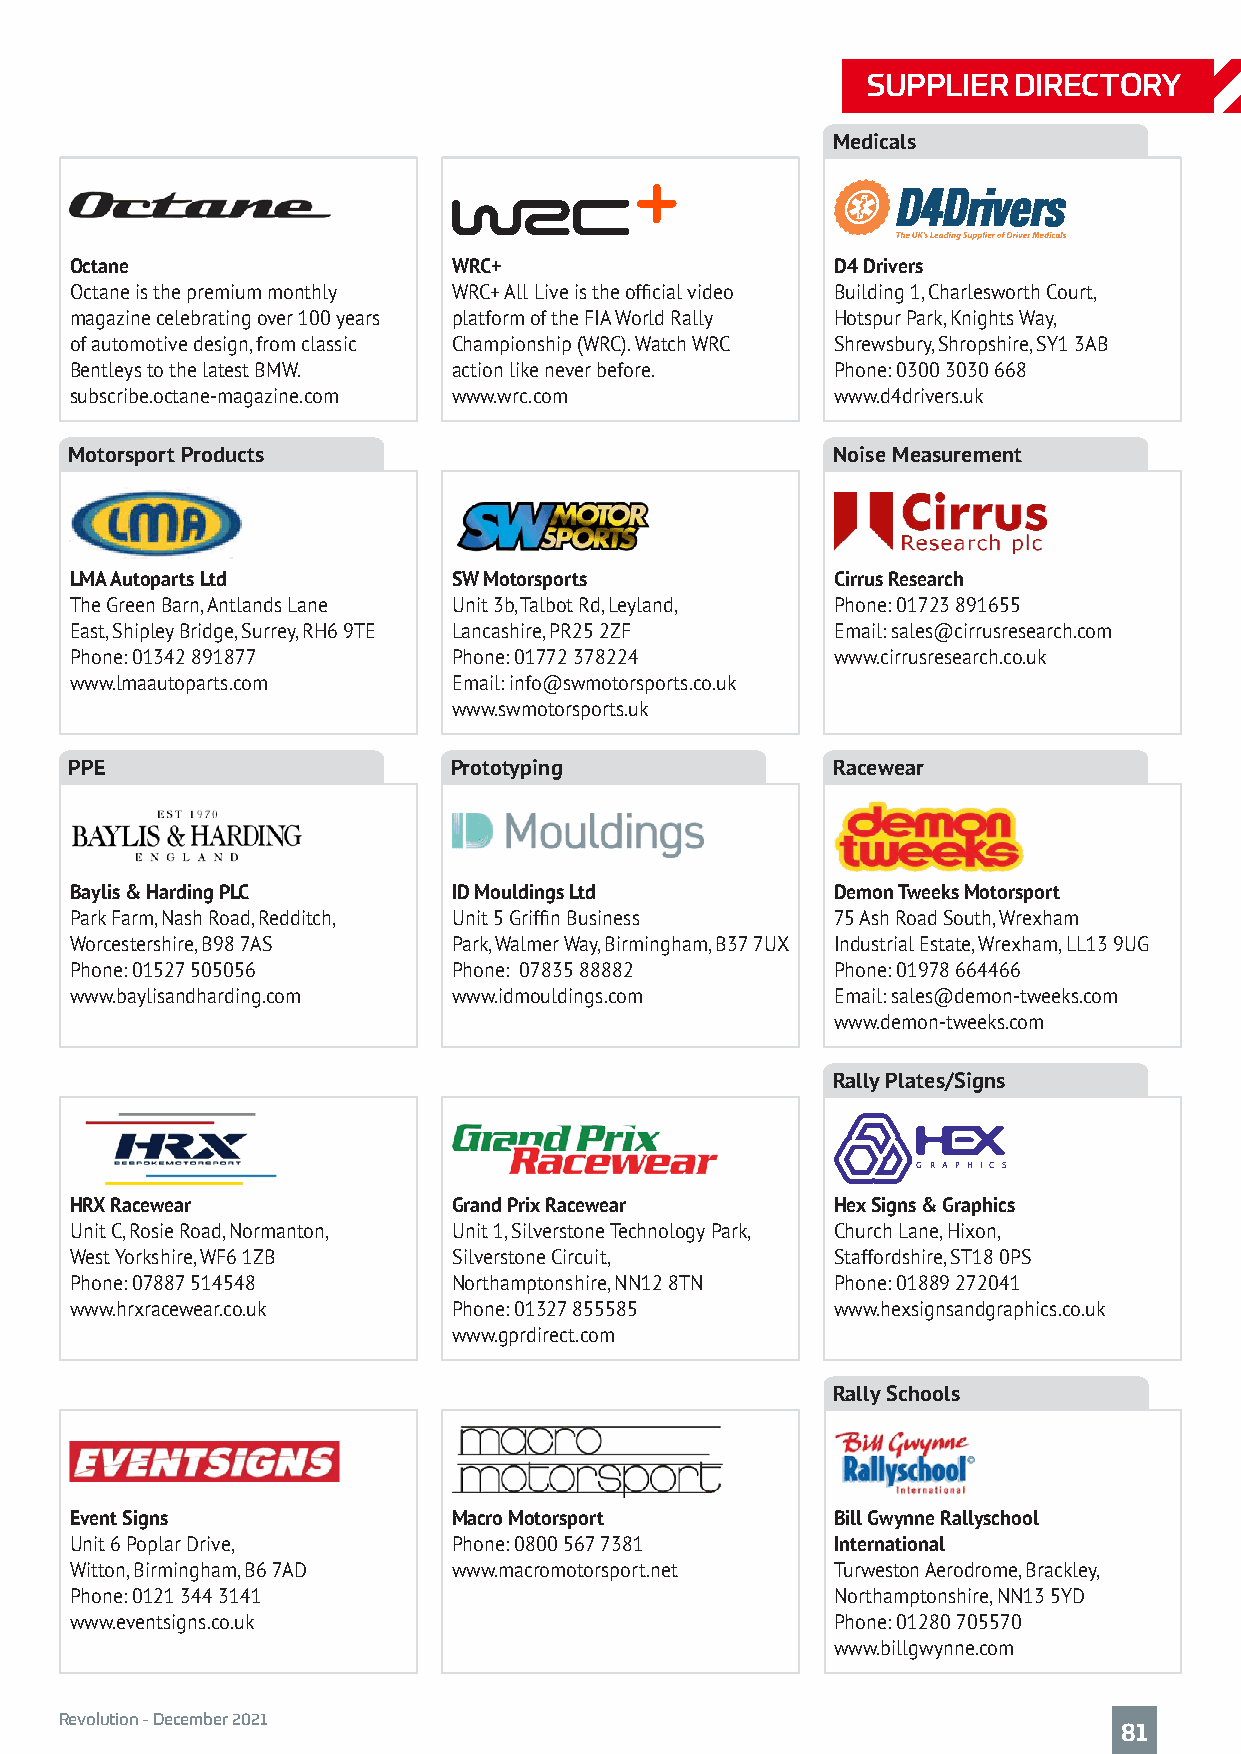
SUPPLIER  DIRECTORY
 Medicals
 Octane                   WRC+                     D4 Drivers
 Octane is the premium monthly WRC+ All Live is the official video Building 1, Charlesworth Court,
 magazine celebrating over 100 years platform of the FIA World Rally Hotspur Park, Knights Way,
 of automotive design, from classic Championship (WRC). Watch WRC Shrewsbury, Shropshire, SY1 3AB
 Bentleys to the latest BMW. action like never before. Phone: 0300 3030 668
 subscribe.octane-magazine.com www.wrc.com         www.d4drivers.uk
 Motorsport Products                               Noise Measurement
 LMA Autoparts Ltd        SW Motorsports           Cirrus Research
 The Green Barn, Antlands Lane Unit 3b, Talbot Rd, Leyland, Phone: 01723 891655
 East, Shipley Bridge, Surrey, RH6 9TE Lancashire, PR25 2ZF Email: sales@cirrusresearch.com
 Phone: 01342 891877      Phone: 01772 378224      www.cirrusresearch.co.uk
 www.lmaautoparts.com     Email: info@swmotorsports.co.uk
 www.swmotorsports.uk
 PPE                      Prototyping              Racewear
 Baylis & Harding PLC     ID Mouldings Ltd         Demon Tweeks Motorsport
 Park Farm, Nash Road, Redditch, Unit 5 Griffin Business 75 Ash Road South, Wrexham
 Worcestershire, B98 7AS  Park, Walmer Way, Birmingham, B37 7UX Industrial Estate, Wrexham, LL13 9UG
 Phone: 01527 505056      Phone: 07835 88882       Phone: 01978 664466
 www.baylisandharding.com www.idmouldings.com      Email: sales@demon-tweeks.com
 www.demon-tweeks.com
 Rally Plates/Signs
 G R A P H I C S
 HRX Racewear             Grand Prix Racewear      Hex Signs & Graphics
 Unit C, Rosie Road, Normanton, Unit 1, Silverstone Technology Park, Church Lane, Hixon,
 West Yorkshire, WF6 1ZB  Silverstone Circuit,     Staffordshire, ST18 0PS
 Phone: 07887 514548      Northamptonshire, NN12 8TN Phone: 01889 272041
 www.hrxracewear.co.uk    Phone: 01327 855585      www.hexsignsandgraphics.co.uk
 www.gprdirect.com
 Rally Schools
 Event Signs              Macro Motorsport         Bill Gwynne Rallyschool
 Unit 6 Poplar Drive,     Phone: 0800 567 7381     International
 Witton, Birmingham, B6 7AD www.macromotorsport.net Turweston Aerodrome, Brackley,
 Phone: 0121 344 3141                              Northamptonshire, NN13 5YD
 www.eventsigns.co.uk                              Phone: 01280 705570
 www.billgwynne.com
 Revolution - December 2021
 81